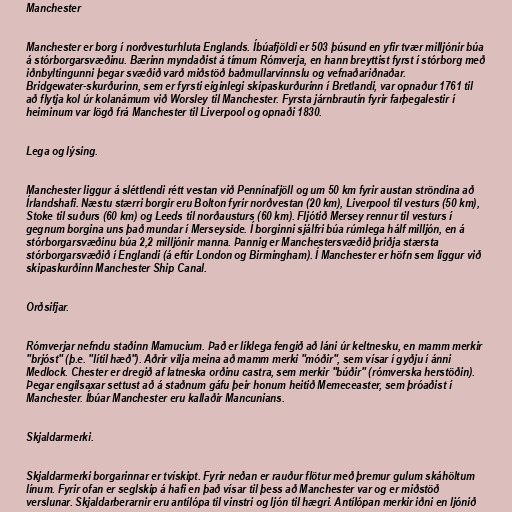
Manchester

Manchester er borg í norðvesturhluta Englands. Íbúafjöldi er 503 þúsund en yfir tvær milljónir búa
á stórborgarsvæðinu. Bærinn myndaðist á tímum Rómverja, en hann breyttist fyrst í stórborg með
iðnbyltingunni þegar svæðið varð miðstöð baðmullarvinnslu og vefnaðariðnaðar.
Bridgewater-skurðurinn, sem er fyrsti eiginlegi skipaskurðurinn í Bretlandi, var opnaður 1761 til
að flytja kol úr kolanámum við Worsley til Manchester. Fyrsta járnbrautin fyrir farþegalestir í
heiminum var lögð frá Manchester til Liverpool og opnaði 1830.

Lega og lýsing.

Manchester liggur á sléttlendi rétt vestan við Pennínafjöll og um 50 km fyrir austan ströndina að
Írlandshafi. Næstu stærri borgir eru Bolton fyrir norðvestan (20 km), Liverpool til vesturs (50 km),
Stoke til suðurs (60 km) og Leeds til norðausturs (60 km). Fljótið Mersey rennur til vesturs í
gegnum borgina uns það mundar í Merseyside. Í borginni sjálfri búa rúmlega hálf milljón, en á
stórborgarsvæðinu búa 2,2 milljónir manna. Þannig er Manchestersvæðið þriðja stærsta
stórborgarsvæðið í Englandi (á eftir London og Birmingham). Í Manchester er höfn sem liggur við
skipaskurðinn Manchester Ship Canal.

Orðsifjar.

Rómverjar nefndu staðinn Mamucium. Það er líklega fengið að láni úr keltnesku, en mamm merkir
"brjóst" (þ.e. "lítil hæð"). Aðrir vilja meina að mamm merki "móðir", sem vísar í gyðju í ánni
Medlock. Chester er dregið af latneska orðinu castra, sem merkir "búðir" (rómverska herstöðin).
Þegar engilsaxar settust að á staðnum gáfu þeir honum heitið Memeceaster, sem þróaðist í
Manchester. Íbúar Manchester eru kallaðir Mancunians.

Skjaldarmerki.

Skjaldarmerki borgarinnar er tvískipt. Fyrir neðan er rauður flötur með þremur gulum skáhöltum
línum. Fyrir ofan er seglskip á hafi en það vísar til þess að Manchester var og er miðstöð
verslunar. Skjaldarberarnir eru antílópa til vinstri og ljón til hægri. Antílópan merkir iðni en ljónið